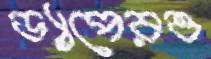
ড্যাপেরও